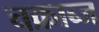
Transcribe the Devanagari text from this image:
चक्राब्ज